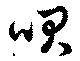
咲